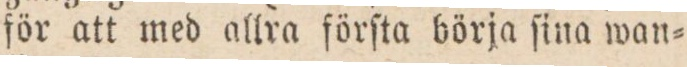
för att med allra förſta börja ſina wan=